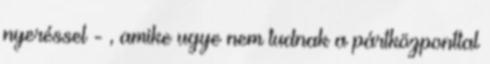
nyeréssel - , amike ugye nem tudnak a pártközponttal